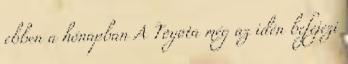
ebben a hónapban A Toyota még az idén befejezi